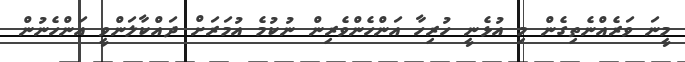
މީނަ ވަރެއްނެތިގެން މި އުޅެނީ ހުރިހާ އަންހެންވެރިން ނުކުމެ އުމަރަށް ދައްކާލަންވީ އަންހެނުން